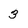
Character: 3